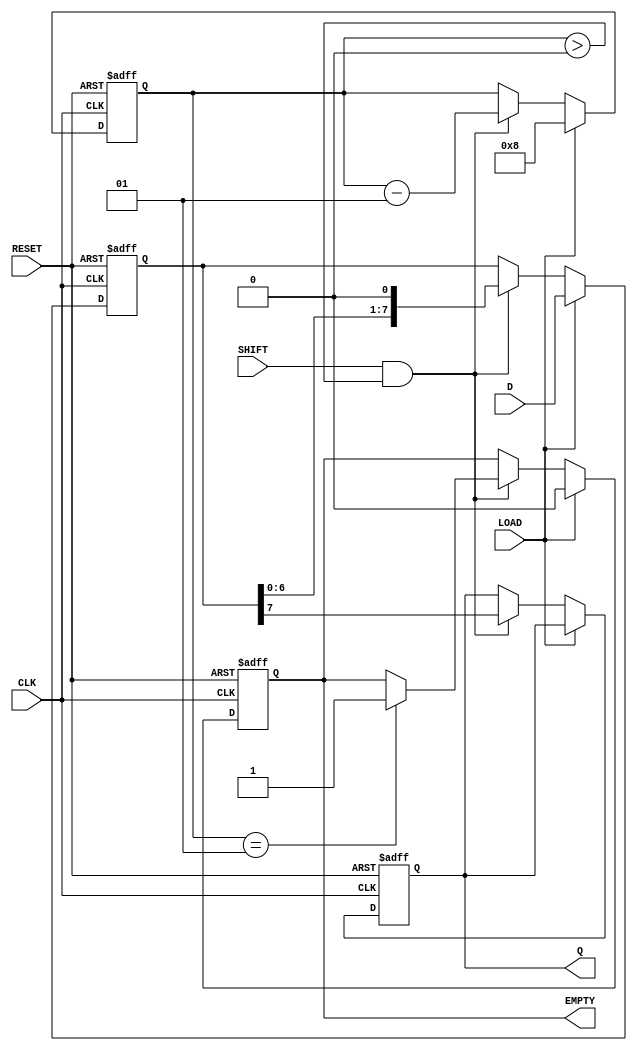
module PISO #(
    parameter WIDTH = 8 // Define the width of the shift register
)(
    input wire [WIDTH-1:0] D,    // Parallel data input
    input wire LOAD,              // Load control signal
    input wire SHIFT,             // Shift control signal
    input wire CLK,               // Clock signal
    input wire RESET,             // Asynchronous reset
    output reg Q,                 // Serial output
    output reg EMPTY              // Empty signal
);

    reg [WIDTH-1:0] shift_reg;    // Shift register array
    integer count;                 // Counter for shifted bits

    // Asynchronous reset and loading data
    always @(posedge CLK or posedge RESET) begin
        if (RESET) begin
            shift_reg <= 0;        // Clear the register
            Q <= 0;                // Clear the output
            EMPTY <= 1;            // Register is empty
            count <= 0;            // Reset the counter
        end else if (LOAD) begin
            shift_reg <= D;        // Load data into the shift register
            EMPTY <= 0;            // Register is not empty
            count <= WIDTH;        // Set count to the width of the register
        end else if (SHIFT && count > 0) begin
            Q <= shift_reg[WIDTH-1]; // Shift out the MSB
            shift_reg <= shift_reg << 1; // Shift left
            count <= count - 1;     // Decrement the count
            if (count == 1) begin
                EMPTY <= 1;         // Register is empty after last shift
            end
        end
    end

endmodule